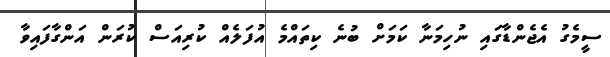
ސީމެގު އެޖެންޑާގައި ނުހިމަނާ ކަމަށް ބުނެ ކިތައްމެ އުފަލެއް ކުރިއަސް ކުރަން އަންގާފައިވާ